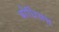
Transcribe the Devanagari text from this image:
बोधिसत्त